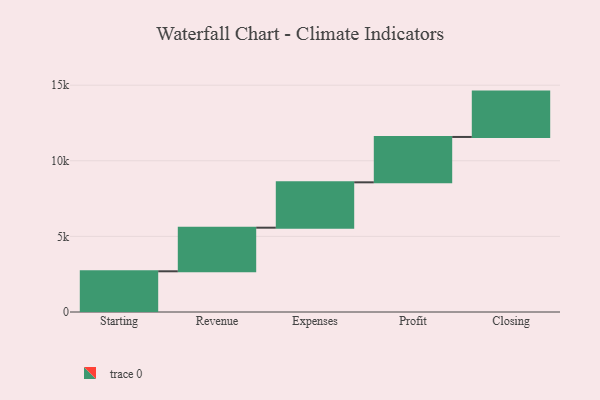
{"axis": {"x": "Step", "y": "Value"}, "legend": [""], "data": [{"x": "Starting", "y": 2692.0, "type": ""}, {"x": "Revenue", "y": 2884.0, "type": ""}, {"x": "Expenses", "y": 3000, "type": ""}, {"x": "Profit", "y": 3000, "type": ""}, {"x": "Closing", "y": 3000, "type": ""}]}